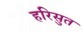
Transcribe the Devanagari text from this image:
हरिसुत